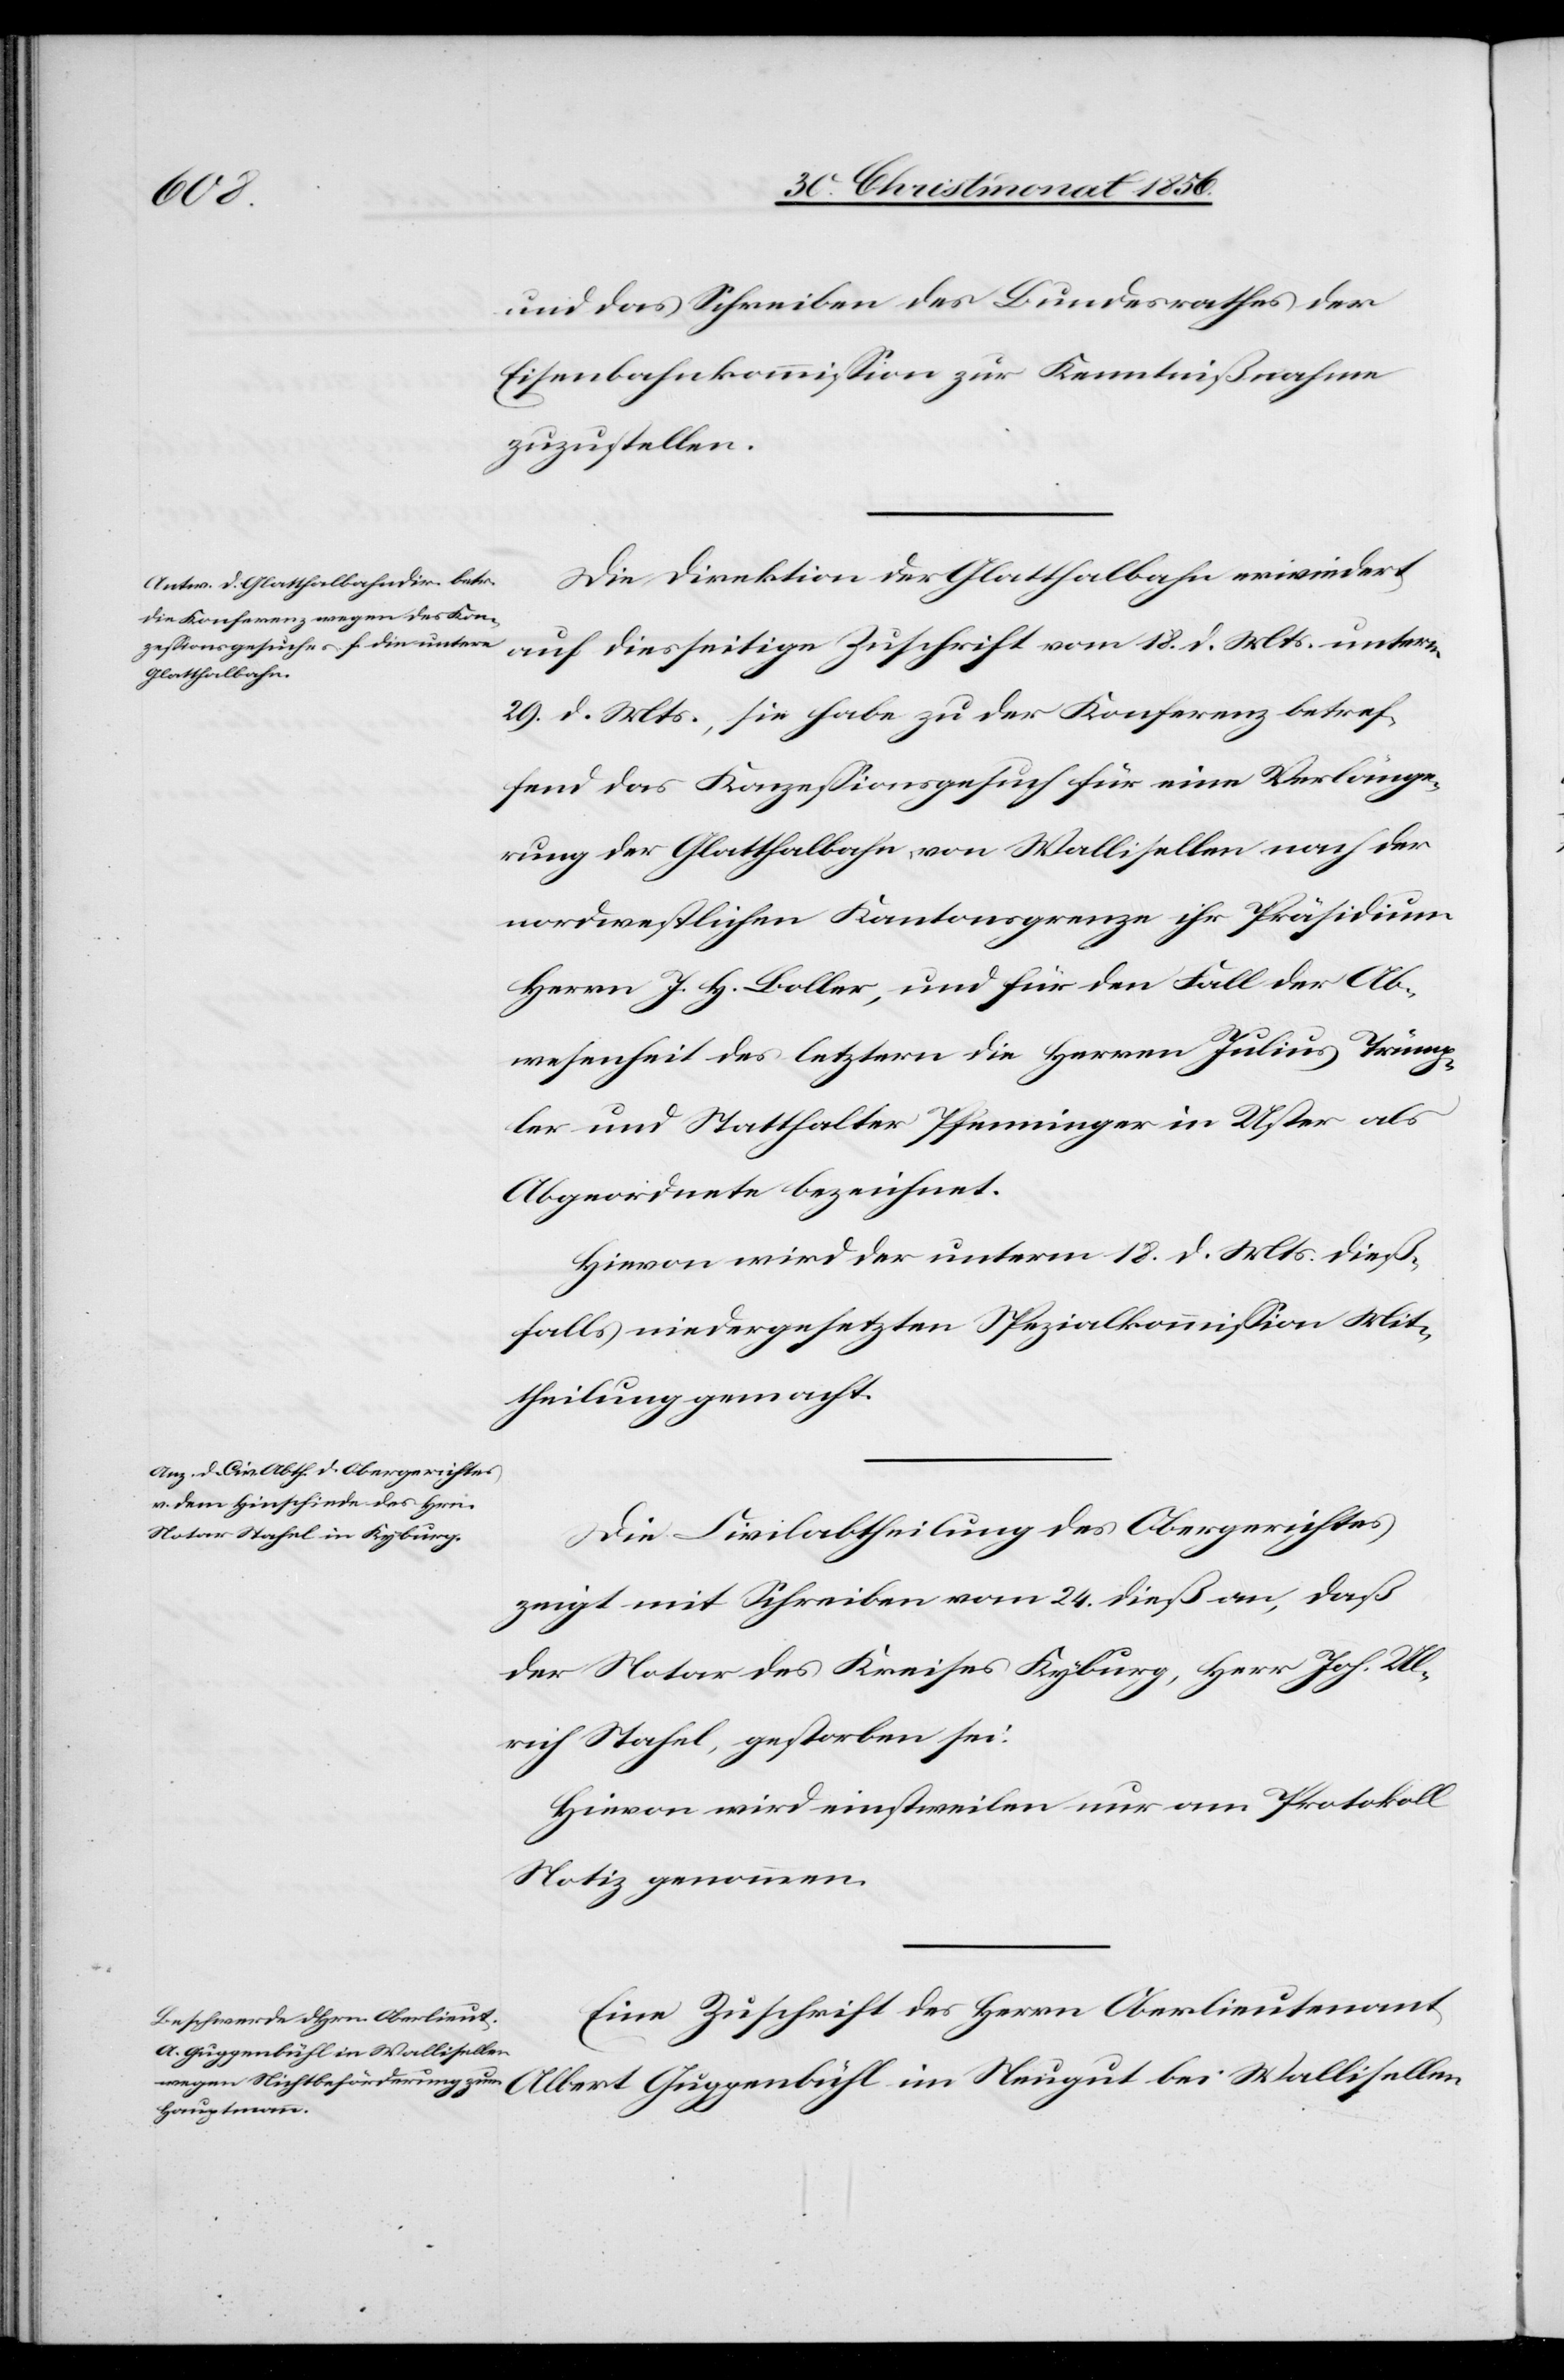
bei
und das Schreiben des Bundesrathes der
Eisenbahnkommission zur Kenntnißnahme
zuzustellen.
Die Direktion der Glatthalbahn erwiedert
auf diesseitige Zuschrift vom 18. d. Mts. unterm
29. d. Mts., sie habe zu der Konferenz betref¬
fend das Konzessionsgesuch für eine Verlänge¬
rung der Glatthalbahn von Wallisellen nach der
nordwestlichen Kantonsgrenze ihr Präsidium
Herrn J. H. Boller, und für den Fall der Ab¬
wesenheit des letztern die Herren Julius Trümp¬
ler und Statthalter Pfenninger in Uster als
Abgeordnete bezeichnet.
Hievon wird der unterm 18. d. Mts. dieß¬
falls niedergesetzten Spezialkommission Mit¬
theilung gemacht.
Die Civilabtheilung des Obergerichtes
zeigt mit Schreiben vom 24. dieß an, daß
der Notar des Kreises Kyburg, Herr Joh. Ul¬
rich Stahel, gestorben sei.
Hievon wird einstweilen nur am Protokoll
Notiz genommen.
Eine Zuschrift des Herrn Oberlieutenant